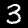
Digit: 3